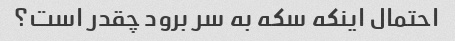
احتمال اینکه سکه به سر برود چقدر است؟